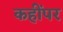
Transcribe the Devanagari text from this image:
कहींपर